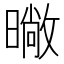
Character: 𭧨